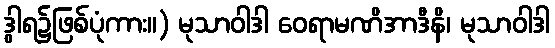
ဒွါရ၌ဖြစ်ပုံကား။) မုသာဝါဒါ ဝေရာမဏိအာဒီနိ၊ မုသာဝါဒါ